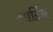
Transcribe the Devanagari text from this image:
आर्टिन